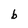
Character: b